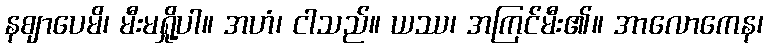
နဈာပေမိ၊ မီးမရှို့ပါ။ အဟံ၊ ငါသည်။ ယဿ၊ အကြင်မီး၏။ အာလောကေန၊